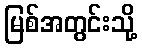
မြစ်အတွင်းသို့